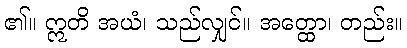
၏။ ဣတိ အယံ၊ သည်လျှင်။ အတ္ထော၊ တည်း။